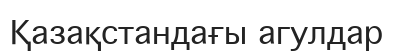
Қазақстандағы агулдар